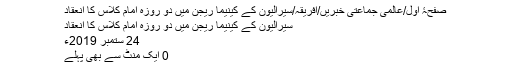
‘‘
صفحۂ اول/عالمی جماعتی خبریں/افریقہ/سیرالیون کے کینیما ریجن میں دو روزہ امام کلاس کا انعقاد
سیرالیون کے کینیما ریجن میں دو روزہ امام کلاس کا انعقاد
24 ستمبر 2019ء
0 ایک منٹ سے بھی پہلے
(عبدالہادی قریشی۔